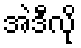
အဲဒီလို